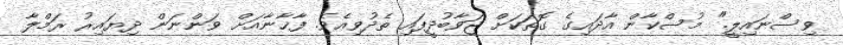
ވިސްނައިލީ." މުސްކާން އާދައިގެ ގޮތަކަށް ޖަވާބުދީފައި ތެދުވިއެވެ. ފާޚާނާއަށް ވަންނަން ދިޔައިރު ރަމްލާ